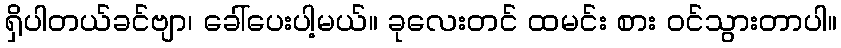
ရှိပါတယ်ခင်ဗျာ၊ ခေါ်ပေးပါ့မယ်။ ခုလေးတင် ထမင်း စား ဝင်သွားတာပါ။